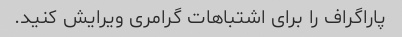
پاراگراف را برای اشتباهات گرامری ویرایش کنید.